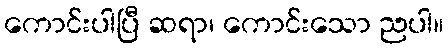
ကောင်းပါပြီ ဆရာ၊ ကောင်းသော ညပါ။